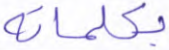
بكلماته